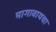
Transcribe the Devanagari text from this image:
मागावायचा